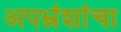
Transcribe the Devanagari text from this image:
अपभ्रंशांचा